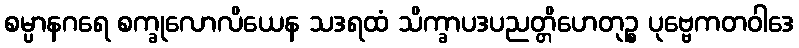
စမ္ပာနဂရေ စက္ခုလောလိယေန သဒရထံ သိက္ခာပဒပညတ္တိဟေတုဉ္စ ပုဗ္ဗေကတဝါဒေ